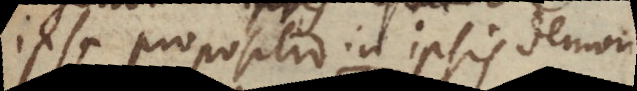
ipsa propositio in ipsis demon